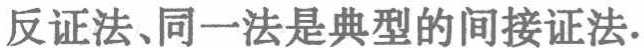
反证法、同一法是典型的间接证法.